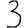
Digit: 3